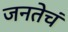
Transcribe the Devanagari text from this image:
जनतेचं